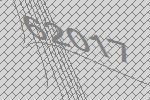
62017